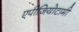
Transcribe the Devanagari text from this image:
एपीजियोटामी